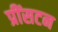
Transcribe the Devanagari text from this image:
प्रींसटन